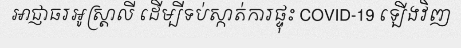
អាជ្ញាធរអូស្ត្រាលី ដើម្បីទប់ស្កាត់ការផ្ទុះ COVID-19 ឡើងវិញ